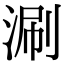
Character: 涮